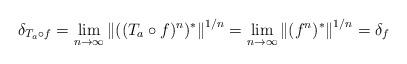
LaTeX: \begin{align*}\delta_{T_{a}\circ f}=\lim_{n \to \infty}\left\|((T_{a}\circ f)^{n})^{*}\right\|^{1/n}=\lim_{n \to \infty}\left\|(f^{n})^{*}\right\|^{1/n}=\delta_{f}\end{align*}